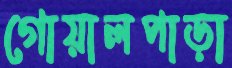
গোয়ালপাড়া